Vaccination report Assam 1874-1896 - 1874-1896
Year: 1874
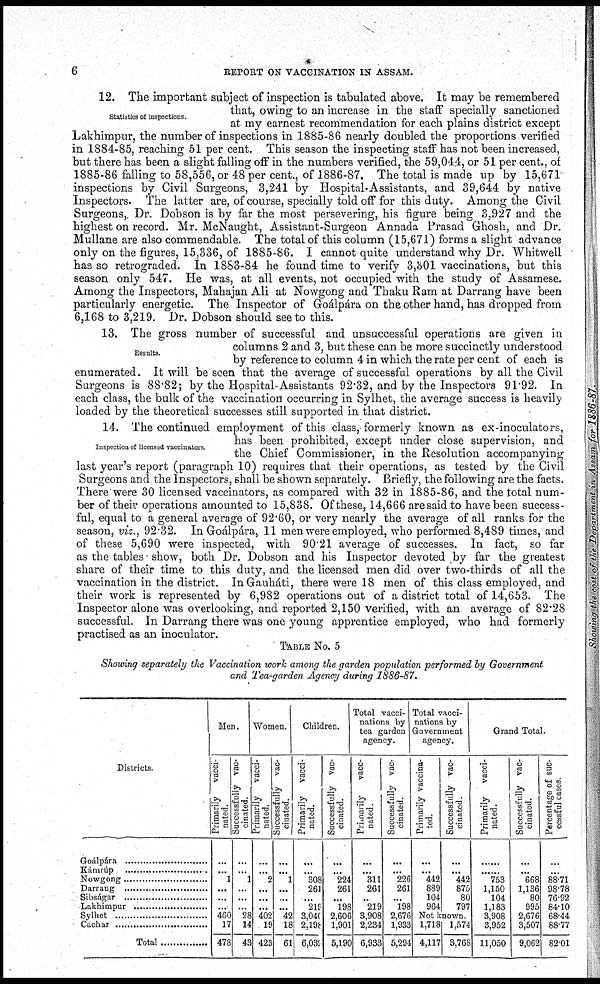
6
REPORT ON VACCINATION IN ASSAM.
Statistics of inspections.
12. The important subject of inspection is tabulated above. It may be remembered
that, owing to an increase in the staff specially sanctioned
at my earnest recommendation for each plains district except
Lakhimpur, the number of inspections in 1885-86 nearly doubled the proportions verified
in 1884-85, reaching 51 per cent. This season the inspecting staff has not been increased,
but there has been a slight falling off in the numbers verified, the 59,044, or 51 per cent., of
1885-86 falling to 58,556, or 48 per cent., of 1886-87. The total is made up by 15,671
inspections by Civil Surgeons, 3,241 by Hospital-Assistants, and 39,644 by native
Inspectors. The latter are, of course, specially told off for this duty. Among the Civil
Surgeons, Dr. Dobson is by far the most persevering, his figure being 3,927 and the
highest on record. Mr. McNaught, Assistant-Surgeon Annada Prasad Ghosh, and Dr.
Mullane are also commendable. The total of this column (15,671) forms a slight advance
only on the figures, 15,336, of 1885-86. I cannot quite understand why Dr. Whitwell
has so retrograded. In 1883-84 he found time to verify 3,301 vaccinations, but this
season only 547. He was, at all events, not occupied with the study of Assamese.
Among the Inspectors, Mahajan Ali at Nowgong and Thaku Ram at Darrang have been
particularly energetic. The Inspector of Goálpára on the other hand, has dropped from
6,168 to 3,219. Dr. Dobson should see to this.
Results.
13. The gross number of successful and unsuccessful operations are given in
columns 2 and 3, but these can be more succinctly understood
by reference to column 4 in which the rate per cent of each is
enumerated. It will be seen that the average of successful operations by all the Civil
Surgeons is 88.82; by the Hospital-Assistants 92.32, and by the Inspectors 91.92. In
each class, the bulk of the vaccination occurring in Sylhet, the average success is heavily
loaded by the theoretical successes still supported in that district.
Inspection of licensed vaccinators
14. The continued employment of this class, formerly known as ex-inoculators,
has been prohibited, except under close supervision, and
the Chief Commissioner, in the Resolution accompanying
last year's report (paragraph 10) requires that their operations, as tested by the Civil
Surgeons and the Inspectors, shall be shown separately. Briefly, the following are the facts.
There were 30 licensed vaccinators, as compared with 32 in 1885-86, and the total num-
ber of their operations amounted to 15,838. Of these, 14,666 are said to have been success-
ful, equal to a general average of 92.60, or very nearly the average of all ranks for the
season, viz., 92.32. In Goálpára, 11 men were employed, who performed 8,489 times, and
of these 5,690 were inspected, with 90.21 average of successes. In fact, so far
as the tables show, both Dr. Dobson and his Inspector devoted by far the greatest
share of their time to this duty, and the licensed men did over two-thirds of all the
vaccination in the district. In Gauháti, there were 18 men of this class employed, and
their work is represented by 6,982 operations out of a district total of 14,653. The
Inspector alone was overlooking, and reported 2,150 verified, with an average of 82.28
successful. In Darrang there was one young apprentice employed, who had formerly
practised as an inoculator.
TABLE No. 5
Showing separately the Vaccination work among the garden population performed by Government
and Tea-garden Agency during 1886-87.
Districts.
Goalpára
Kárnrúp
Nowgong
Darrang
Sibságar
Lakhimpur
Sylhet
Cachar
Total........
Men.
Primarily
vacci-
nated.
...
...
1
...
...
...
460
17
478
Successfully vac-
cinated.
...
...
1
...
...
...
28
14
43
Women.
Primarily
vacci-
nated.
...
...
2
...
...
...
402
19
423
Successfully vac-
cinated.
...
...
1
...
...
...
42
18
61
Children.
Primarily vacci-
nated.
...
...
308
261
...
219
3,040
2,198
6,035
Successfully vac-
cinated.
...
...
224
261
...
198
2,606
1,901
5,190
Total vacci-
nations by
tea garden
agency.
Primarily
vacc-
nated.
...
...
311
261
..
219
3,908
2,234
6,933
Successfully vac-
cinated.
...
...
226
261
...
198
2,676
1,933
5,294
Total vacci-
nations by
Government
agency.
Primarily vaccina-
ted.
...
...
442
889
104
964
Successfully vac-
cinated.
...
...
442
875
80
797
Not known.
1,718
4,117
1,574
3,768
Grand Total.
Primarily vacci-
nated.
...
...
753
1,150
104
1,183
3,908
3,952
11,050
Successfully vac-
cinated.
...
...
668
1,136
80
995
2,676
3,507
9,062
Percentage of suc-
cessful cases.
...
...
88.71
98.78
76.92
84.10
68.44
88.77
82.01